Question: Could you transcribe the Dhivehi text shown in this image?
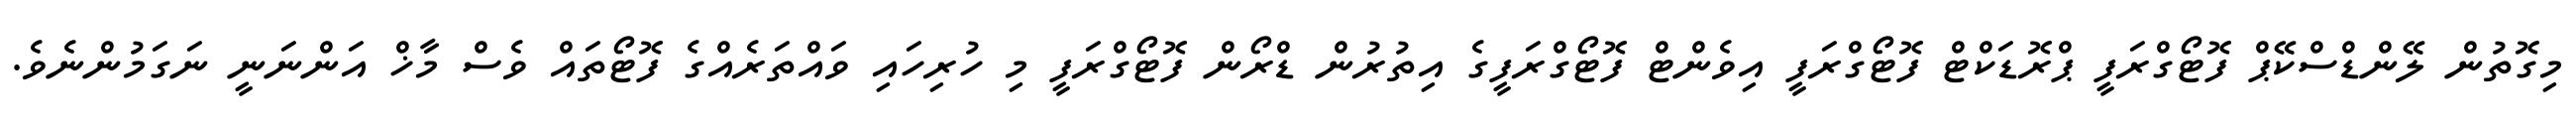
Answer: މިގޮތުން ލޭންޑްސްކޭޕް ފޮޓޯގްރަފީ ޕްރޮޑަކްޓް ފޮޓޯގްރަފީ އިވެންޓް ފޮޓޯގްރަފީގެ އިތުރުން ޑްރޯން ފޮޓޯގްރަފީ މި ހުރިހައި ވައްތަރެއްގެ ފޮޓޯތައް ވެސް މާޚް އަންނަނީ ނަގަމުންނެވެ.